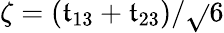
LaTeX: \zeta=(\mathfrak{t}_{13}+\mathfrak{t}_{23})/\sqrt{}{{6}}